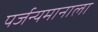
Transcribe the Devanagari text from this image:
पर्जन्यमानाला